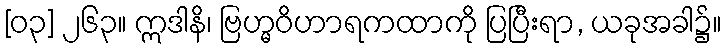
[၀၃] ၂၆၃။ ဣဒါနိ၊ ဗြဟ္မဝိဟာရကထာကို ပြပြီးရာ, ယခုအခါ၌။